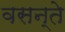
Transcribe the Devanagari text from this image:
वसन्ते